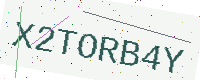
Text: X2TORB4Y